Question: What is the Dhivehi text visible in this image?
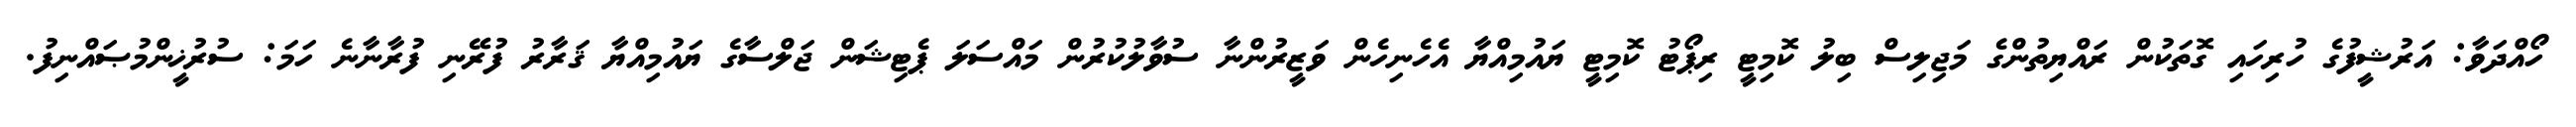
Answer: ހޯއްދަވާ: އަރުޝީފުގެ ހުރިހައި ގޮތަކުން ރައްޔިތުންގެ މަޖިލިސް ބިލު ކޮމިޓީ ރިޕޯޓު ކޮމިޓީ ޔައުމިއްޔާ އެހެނިހެން ވަޒީރުންނާ ސުވާލުކުރުން މައްސަލަ ޕެޓިޝަން ޖަލްސާގެ ޔައުމިއްޔާ ޤަރާރު ފުރޭނި ފުރާނާނެ ހަމަ: ސުރުޚީންމުޞައްނިފު.